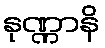
နုဏ္ဏာနိ